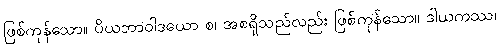
ဖြစ်ကုန်သော။ ပိယဘာဝါဒယော စ၊ အစရှိသည်လည်း ဖြစ်ကုန်သော။ ဒါယကဿ၊